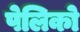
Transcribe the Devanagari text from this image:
पेलिको